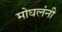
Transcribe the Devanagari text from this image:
मोघलंनी